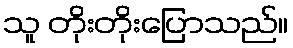
သူ တိုးတိုးပြောသည်။